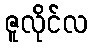
ဇူလိုင်လ